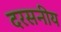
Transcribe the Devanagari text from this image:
दरसनीय